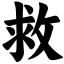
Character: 救